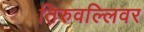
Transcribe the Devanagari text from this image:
तिरुवल्लिवर